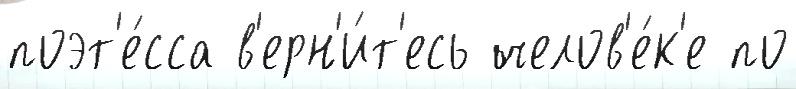
поэт'е́сса в'ерн'и́т'есь челов'е́к'е по